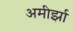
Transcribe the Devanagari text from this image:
अमीर्झा